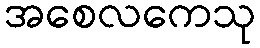
အစေလကေသု